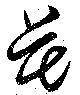
芲